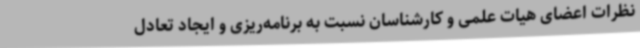
نظرات اعضای هیات علمی و کارشناسان نسبت به برنامه‌ریزی و ایجاد تعادل